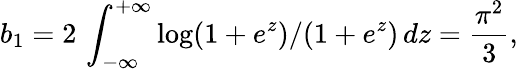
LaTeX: b_{1}=2\, \int_{-\infty}^{+\infty}\log(1+e^{z})/(1+e^{z})\, dz=\frac{\pi^{2}}{3},